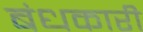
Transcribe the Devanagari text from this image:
बंधकारी